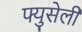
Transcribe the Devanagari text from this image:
फ्युसेली